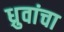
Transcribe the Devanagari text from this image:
ध्रुवांचा